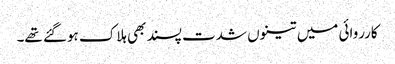
کارروائی میں تینوں شدت پسند بھی ہلاک ہوگئے تھے۔